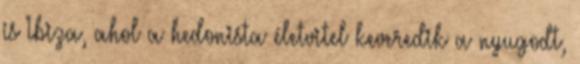
is Ibiza, ahol a hedonista életvitel keveredik a nyugodt,